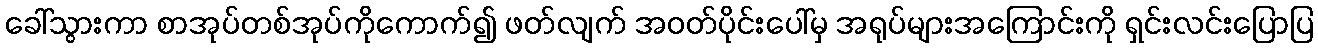
ခေါ်သွားကာ စာအုပ်တစ်အုပ်ကိုကောက်၍ ဖတ်လျက် အဝတ်ပိုင်းပေါ်မှ အရုပ်များအကြောင်းကို ရှင်းလင်းပြောပြ